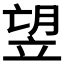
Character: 𥩿